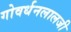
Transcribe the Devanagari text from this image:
गोवर्धनलालजी